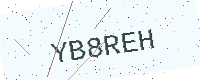
Text: YB8REH